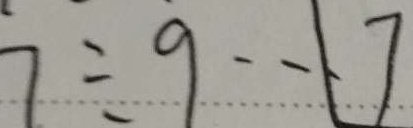
7 \div 9 \cdots 7